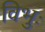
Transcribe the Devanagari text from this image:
विभुः